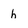
Character: h